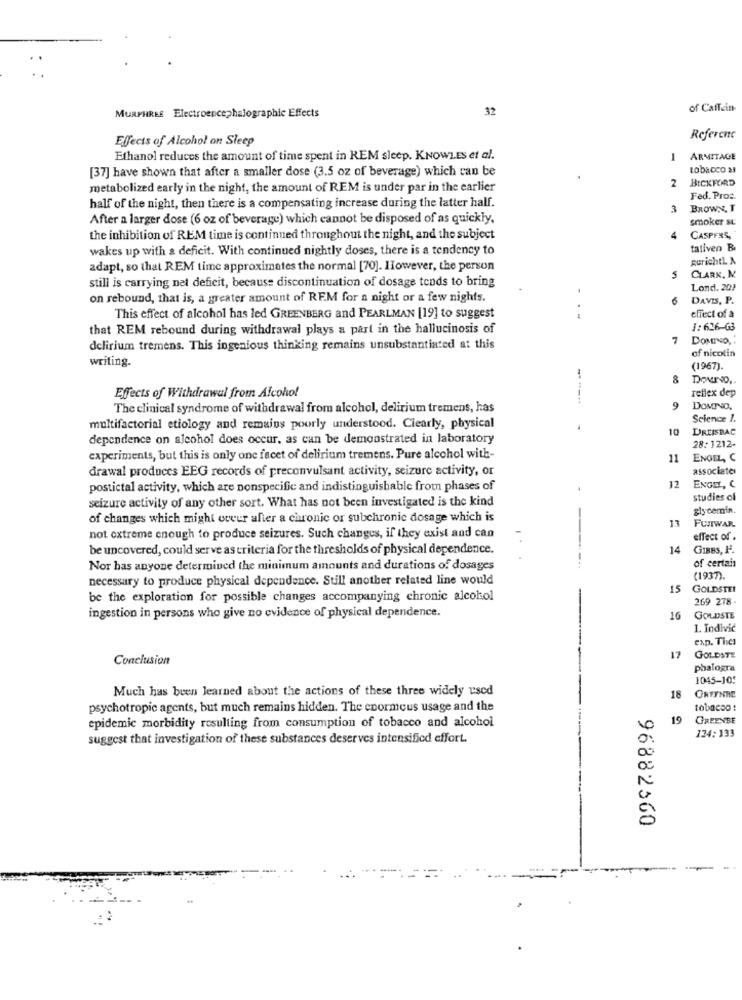
32
of Caffein-
MURPHREE Electroencephalographic Effects
Effects of Alcohol on Sleep
Referene
Ethanol reduces the amount of time spent in REM sleep. KNOWLES et al.
1 ARMITAGE
[37] have shown that after a smaller dose (3.5 oz of beverage) which can be
tobacco as
2
BICKFORD
metabolized early in the night, the amount of REM is under par in the earlier
Fed. Proc.
half of the night, then there is a compensating increase during the latter half.
BROWN, T
After a larger dose (6 oz of beverage) which cannot be disposed of as quickly,
smoker st
the inhibition of REM time is continued throughout the night, and the subject
4
CASPERS,
wakes up with a deficit. With continued nightly doses, there is a tendency to
tativen B
gerichtL &
adapt, so that REM time approximates the normal [70]. However, the person
still is carrying net deficit, because discontinuation of dosage tends to bring
CLARK, M.
Lond. 20?
on rebound, that is, a greater amount of REM for a night or a few nights.
DAVIS, P.
This effect of alcohol has led GREENBERG and PEARLMAN [19] to suggest
.. .
effect of a
that REM rebound during withdrawal plays a part in the hallucinosis of
1:626-63
7
delirium tremens. This ingenious thinking remains unsubstantiated at this
of nicotin
writing.
(1967).
8
reflex dep
Effects of Withdrawal from Alcohol
----
The clinical syndrome of withdrawal from alcohol, delirium tremens, has
9
DOMINNO.
Science 1.
multifactorial etiology and remains poorly understood. Clearly, physical
10
DREISBAC
dependence on alcohol does occur, as can be demonstrated in laboratory
28: 1212-
experiments, but this is only one facet of delirium tremens. Pure alcohol with-
11
ENGEL, C
drawal produces EEG records of preconvulsant activity, seizure activity, or
associates
postictal activity, which are nonspecific and indistinguishable from phases of
12
ENGEL, C
seizure activity of any other sort. What has not been investigated is the kind
studies of
glycemin.
of changes which might cceur after a chronic or subchronic dosage which is
FUJIWAR
not extreme enough to produce seizures. Such changes, if they exist and can
effect of .
be uncovered, could serve as criteria for the thresholds of physical dependence.
14
GIBBS, F.
of certain
Nor has anyone determined the minimum amounts and durations of dosages
...
necessary to produce physical dependence. Still another related line would
(1937).
15
GOLDSTER
be the exploration for possible changes accompanying chronic alcohol
269 278-
ingestion in persons who give no evidence of physical dependence.
GOLDSTE
1. Indivić
exp. Tica
Conclusion
17
GOLDSTE
phalogra
1045-10:
Much has been learned about the actions of these three widely used
18
GRTYNNE
psychotropic agents, but much remains hidden. The enormous usage and the
tobacco:
epidemic morbidity resulting from consumption of tobacco and alcohol
19
GREENSE
124: 133
suggest that investigation of these substances deserves intensified effort.
96882560